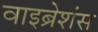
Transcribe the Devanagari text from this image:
वाइब्रेशंस